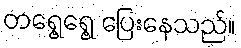
တရွေ့ရွေ့ ပြေးနေသည်။